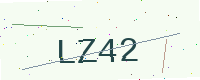
Text: LZ42